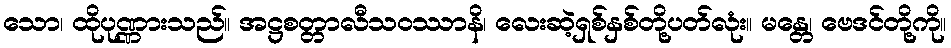
သော၊ ထိုပုဏ္ဏားသည်။ အဋ္ဌစတ္တာလီသဝဿာနိ၊ လေးဆဲ့ရှစ်နှစ်တို့ပတ်လုံး။ မန္တေ၊ ဗေဒင်တို့ကို။